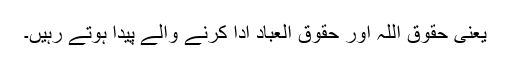
یعنی حقوق اللہ اور حقوق العباد ادا کرنے والے پیدا ہوتے رہیں۔